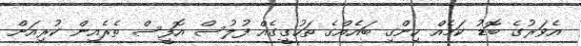
އެވަރުގެ ބޮޑު ކަމެއް ހިންގި ބައެއްގެ ތަހުގީގެއް ފުލުސް އޮފީސް ތެރެއިން ކުރިއަށް